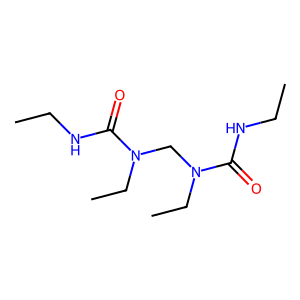
SMILES: CCNC(=O)N(CC)CN(CC)C(=O)NCC
Inhibits HIV replication: No